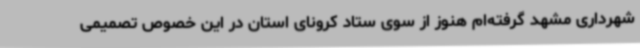
شهرداری مشهد گرفته‌ام هنوز از سوی ستاد کرونای استان در این خصوص تصمیمی